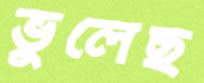
ভুলেছ